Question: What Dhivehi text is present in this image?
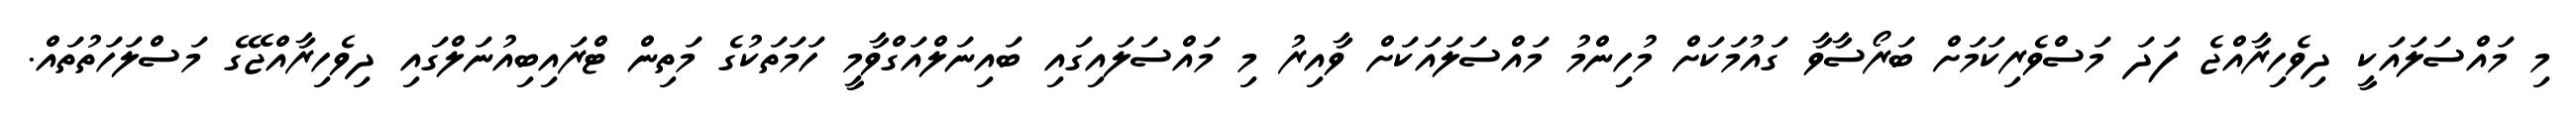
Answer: މި މައްސަލައަކީ ދިވެހިރާއްޖެ ފަދަ މަސްވެރިކަމަށް ބަރޯސާވާ ގައުމަކަށް މުހިންމު މައްސަލައަކަށް ވާއިރު މި މައްސަލައިގައި ބައިނަލްއަގްވާމީ ހަމަތަކުގެ މަތިން ޓްރައިބިއުނަލްގައި ދިވެހިރާއްޖޭގެ މަސްލަހަތުތައް.